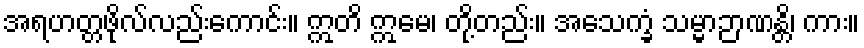
အရဟတ္တဖိုလ်လည်းကောင်း။ ဣတိ ဣမေ၊ တို့တည်း။ အသေက္ခံ သမ္မာဉာဏန္တိ၊ ကား။